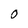
Character: O